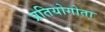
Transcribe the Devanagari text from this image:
प्रतियोगोता